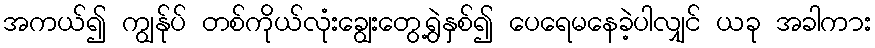
အကယ်၍ ကျွန်ုပ် တစ်ကိုယ်လုံးချွေးတွေ့ရွဲနှစ်၍ ပေရေမနေခဲ့ပါလျှင် ယခု အခါကား